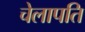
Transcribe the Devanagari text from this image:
चेलापति